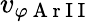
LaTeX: v_{\varphi\mathrm{~A~r~I~I~}}